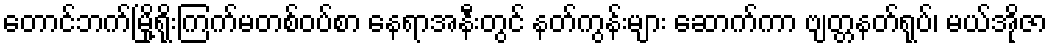
တောင်ဘက်မြို့ရိုးကြက်မတစ်ဝပ်စာ နေရာအနီးတွင် နတ်ကွန်းများ ဆောက်ကာ ဗျတ္တနတ်ရုပ်၊ မယ်အိုဇာ